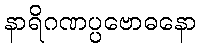
နာရိဂဏပ္ပဗောဓနော